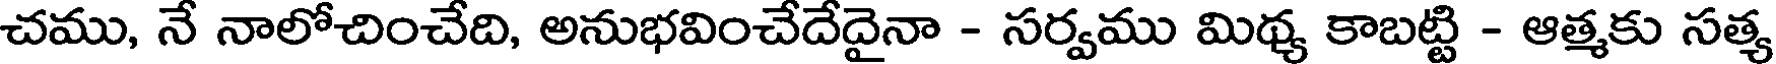
చము, నే నాలోచించేది, అనుభవించేదేదైనా - సర్వము మిథ్య కాబట్టి - ఆత్మకు సత్య